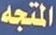
المتجه